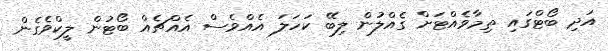
އަދި ބޯޓްގައި ތިމާވެއްޓަށް ގެއްލުން ލިބޭ ކަހަލަ އެއްވެސް އެއްޗެއް ބޯޓުން ލީކްވެގެން